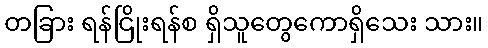
တခြား ရန်ငြိုးရန်စ ရှိသူတွေကောရှိသေး သား။